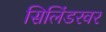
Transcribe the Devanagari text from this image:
सिलिंडरवर